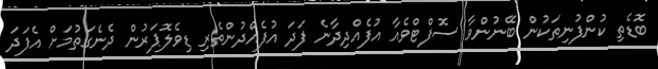
ބޮޑެތި ކުންފުނިތަކުން ބޭނުންވާ ސޮފްޓްވެއާ އުފެއްދިދާނެ ފަދަ އުފެއްދުންތެރި ޑިވެލޮޕަރުން ދެނެގަތުމަށް އެފަދަ